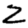
Digit: 2